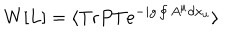
W [ L ] = \langle \mathrm { T r } P T e ^ { - i g \oint A ^ { \mu } d x _ { u } } \rangle